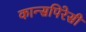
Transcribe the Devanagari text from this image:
कान्सपिरेसी